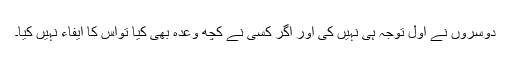
دوسروں نے اوّل توجہ ہی نہیں کی اور اگر کسی نے کچھ وعدہ بھی کیا تواس کا ایفاء نہیں کیا۔